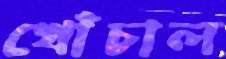
খোঁচাল